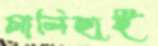
মালিহাই